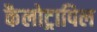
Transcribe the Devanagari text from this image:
कैलोट्रापिल